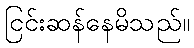
ငြင်းဆန်နေမိသည်။